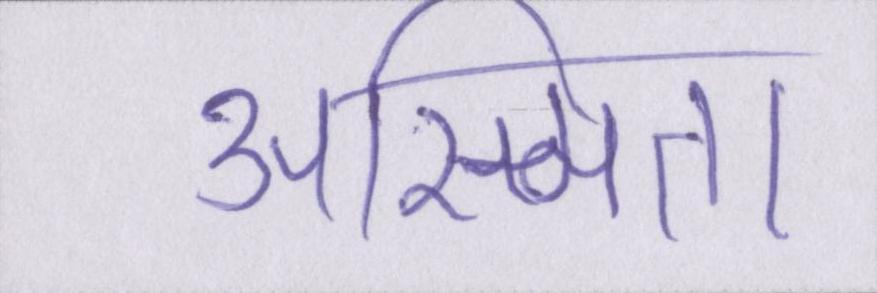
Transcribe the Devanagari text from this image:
अस्मिता